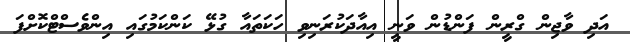
އަދި ވާޖިން ގްރީން ފަންޑުން ވަނީ އިއާދަކުރަނިވި ހަކަތައާ ގުޅޭ ކަންކަމުގައި އިންވެސްޓްކޮށްފަ